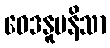
ဝေဒနူပနိသာ